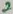
Text: 2